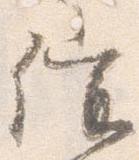
催